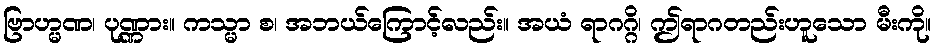
ဗြာဟ္မဏ၊ ပုဏ္ဏား။ ကသ္မာ စ၊ အဘယ်ကြောင့်လည်း။ အယံ ရာဂဂ္ဂိ၊ ဤရာဂတည်းဟူသော မီးကို။